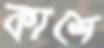
কাশে